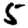
Digit: 5